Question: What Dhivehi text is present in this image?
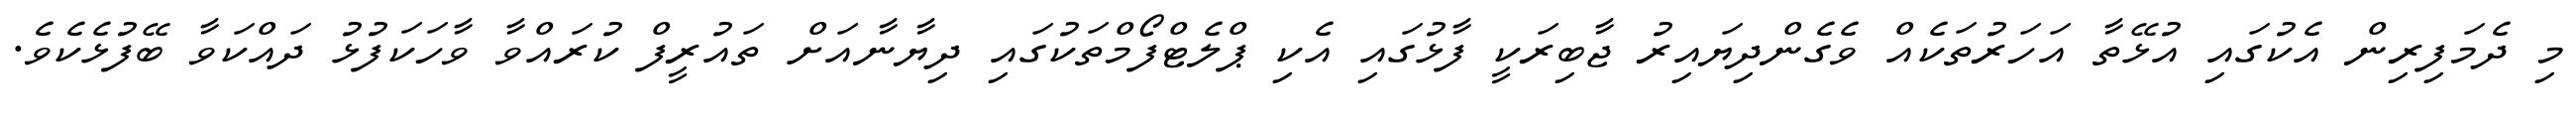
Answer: މި ދެމަފިރިން އެކުގައި އުޅޭތާ އަހަރުތަކެއް ވެގެންދިޔައިރު ޖާބިރަކީ ފާޅުގައި އެކި ޕްލެޓްފޯމްތަކުގައި ދިޔާނާއަށް ތައުރީފް ކުރައްވާ ވާހަކަފުޅު ދައްކަވާ ބޭފުޅެކެވެ.